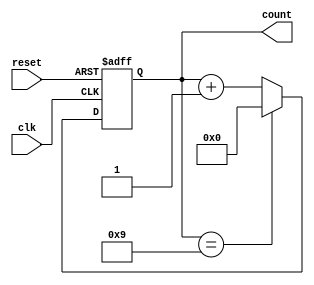
module Modulus_Counter (
    input wire clk,
    input wire reset,
    output reg [7:0] count
);

parameter MODULUS = 10; //Specify the modulus value here

//Sequential block to increment count on each clock cycle
always @(posedge clk or posedge reset) begin
    if (reset) begin
        count <= 0;
    end else begin
        if (count == MODULUS - 1) begin
            count <= 0;
        end else begin
            count <= count + 1;
        end
    end
end

endmodule